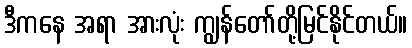
ဒီကနေ အရာ အားလုံး ကျွန်တော်တို့မြင်နိုင်တယ်။